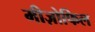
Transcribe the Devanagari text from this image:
मीज़ोफिल